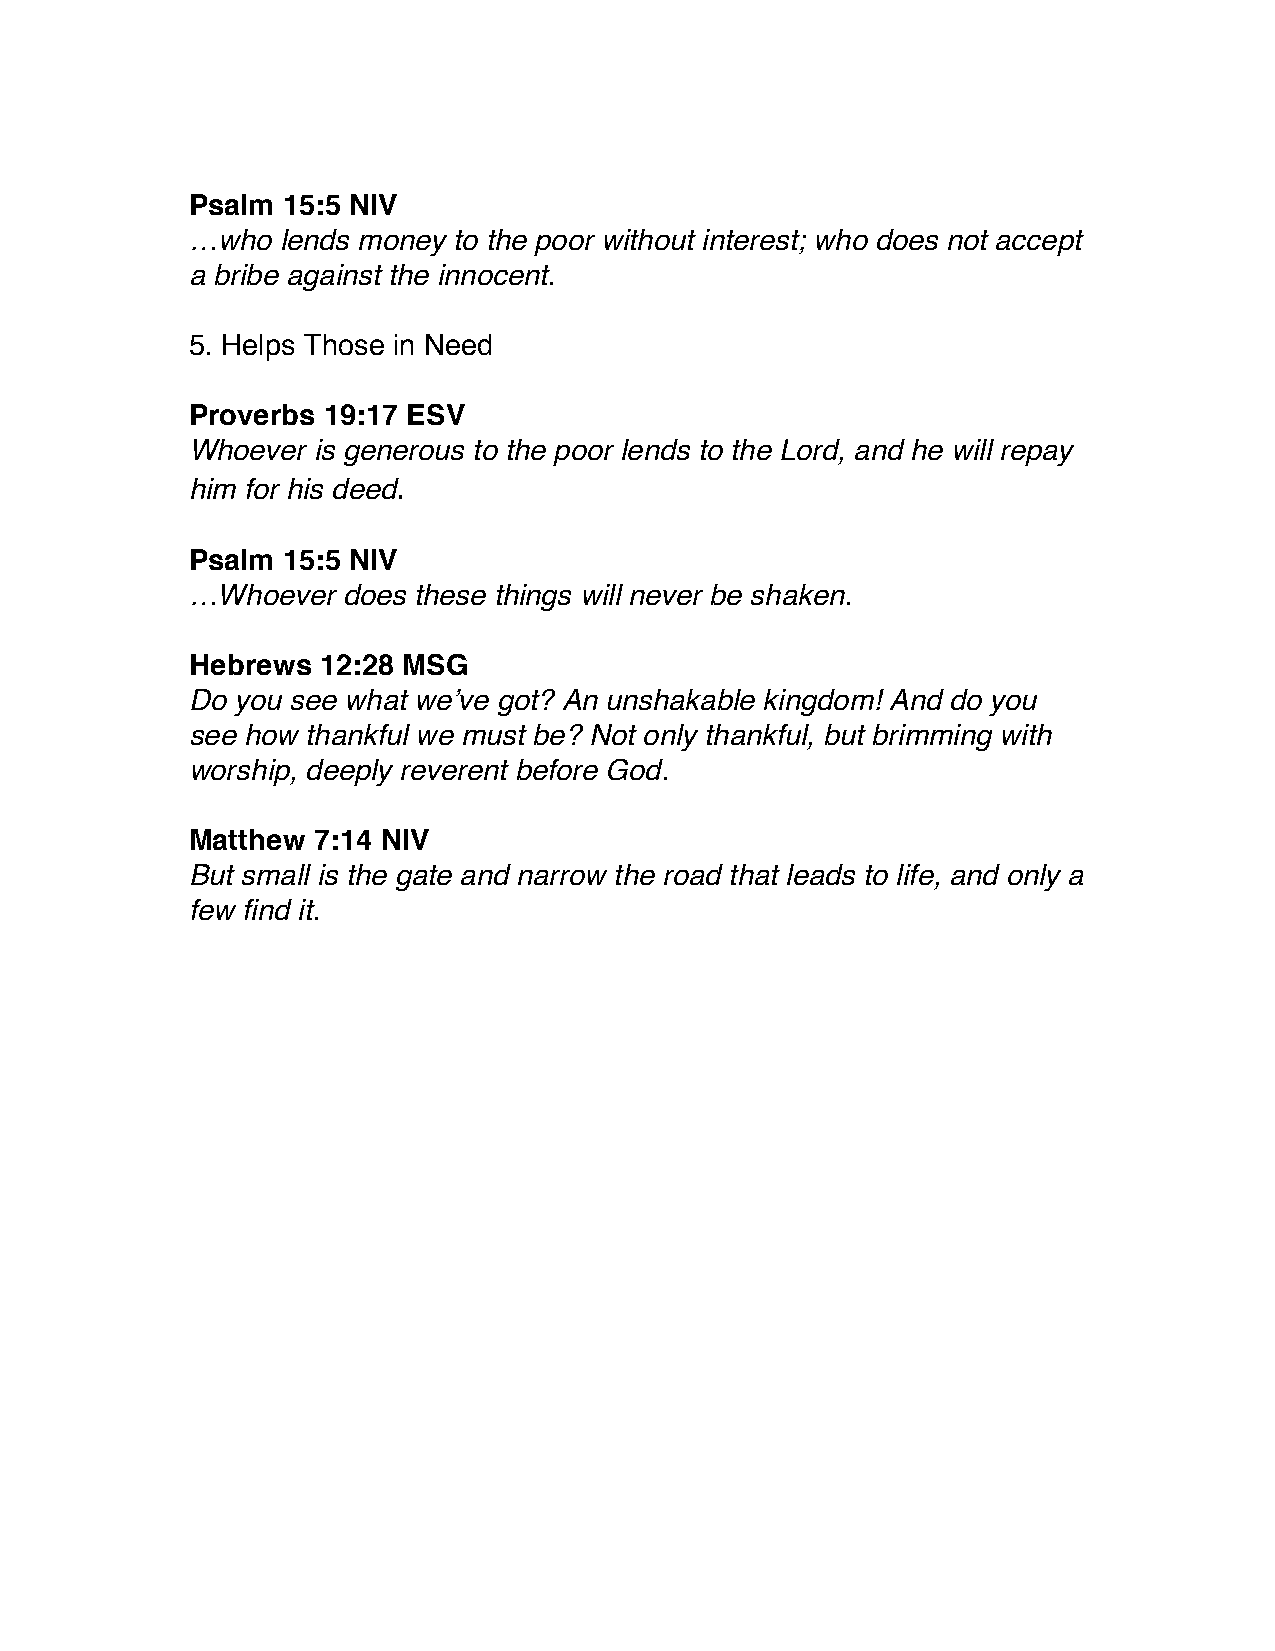
Psalm  15:5 NIV
 …who   lends money to the poor without interest; who does not accept
 a bribe against the innocent.
 5. Helps Those in Need
 Proverbs 19:17 ESV
 Whoever  is generous to the poor lends to the Lord, and he will repay
 him for his deed.
 Psalm  15:5 NIV
 …Whoever   does these things will never be shaken.
 Hebrews  12:28 MSG
 Do you see what we’ve got? An unshakable kingdom! And do you
 see how thankful we must be? Not only thankful, but brimming with
 worship, deeply reverent before God.
 Matthew  7:14 NIV
 But small is the gate and narrow the road that leads to life, and only a
 few find it.